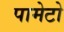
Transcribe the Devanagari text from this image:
पामेटो